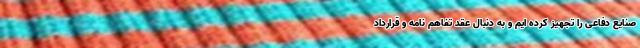
صنایع دفاعی را تجهیز کرده ایم و به دنبال عقد تفاهم نامه و قرارداد